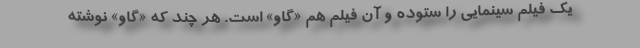
یک فیلم سینمایی را ستوده و آن فیلم هم «گاو» است. هر چند که «گاو» نوشته